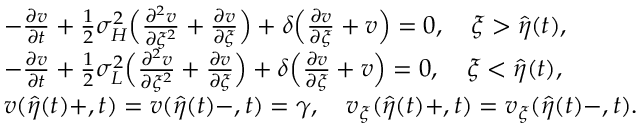
\begin{array} { r l } & { - \frac { { \partial } v } { { \partial } t } + \frac 1 2 { \sigma } _ { H } ^ { 2 } \Big ( \frac { { \partial } ^ { 2 } v } { { \partial } \xi ^ { 2 } } + \frac { { \partial } v } { { \partial } \xi } \Big ) + \delta \Big ( \frac { { \partial } v } { { \partial } \xi } + v \Big ) = 0 , \quad \xi > \hat { \eta } ( t ) , } \\ & { - \frac { { \partial } v } { { \partial } t } + \frac 1 2 { \sigma } _ { L } ^ { 2 } \Big ( \frac { { \partial } ^ { 2 } v } { { \partial } \xi ^ { 2 } } + \frac { { \partial } v } { { \partial } \xi } \Big ) + \delta \Big ( \frac { { \partial } v } { { \partial } \xi } + v \Big ) = 0 , \quad \xi < \hat { \eta } ( t ) , } \\ & { v ( \hat { \eta } ( t ) + , t ) = v ( \hat { \eta } ( t ) - , t ) = \gamma , \quad v _ { \xi } ( \hat { \eta } ( t ) + , t ) = v _ { \xi } ( \hat { \eta } ( t ) - , t ) . } \end{array}